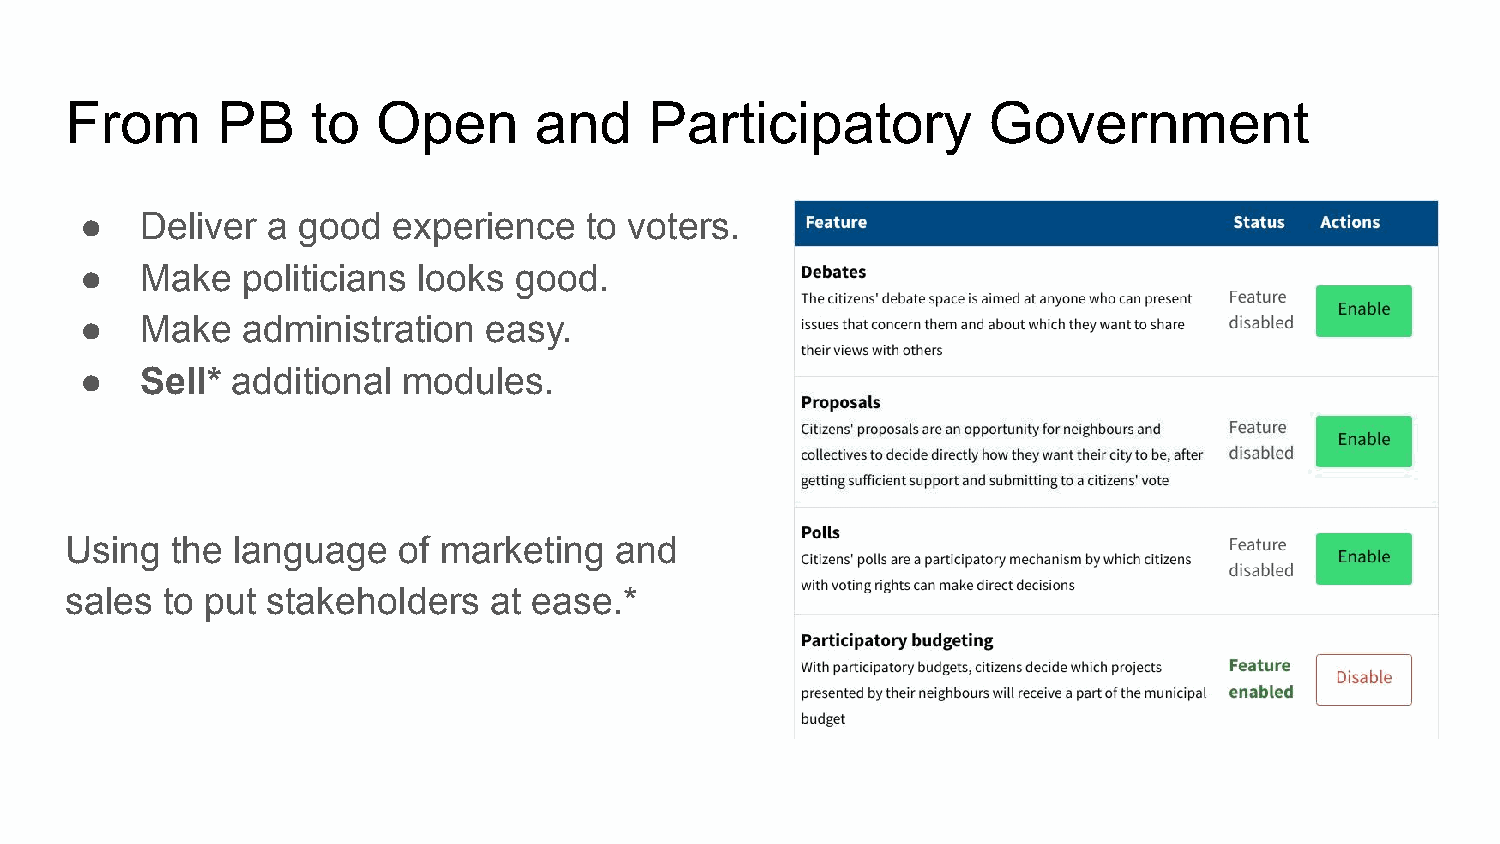
From      PB     to  Open      and     Participatory         Government
 ●   Deliver  a good  experience   to voters.
 ●   Make   politicians looks good.
 ●   Make   administration  easy.
 ●   Sell* additional  modules.
 Using  the language   of marketing   and
 sales  to put stakeholders  at ease.*